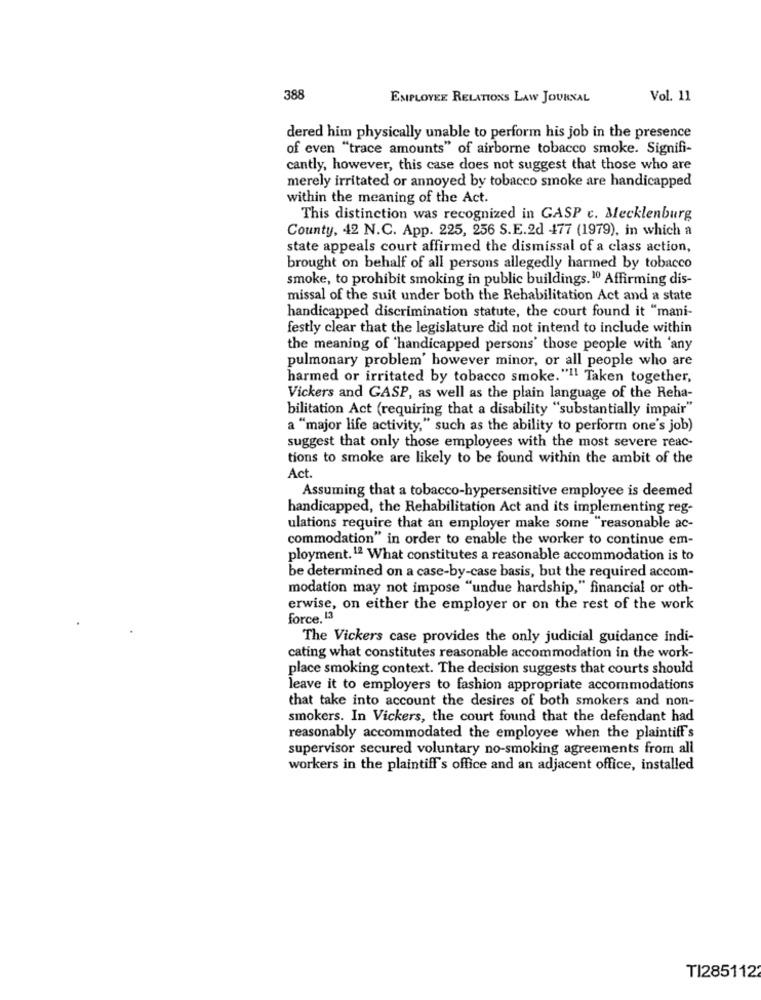
388
EMPLOYEE RELATIONS LAW JOURNAL
Vol. 11
dered him physically unable to perform his job in the presence
of even "trace amounts" of airborne tobacco smoke. Signifi-
cantly, however, this case does not suggest that those who are
merely irritated or annoyed by tobacco smoke are handicapped
within the meaning of the Act.
This distinction was recognized in GASP c. Mecklenburg
County, 42 N.C. App. 225, 256 S.E.2d 477 (1979), in which a
state appeals court affirmed the dismissal of a class action,
brought on behalf of all persons allegedly harmed by tobacco
smoke, to prohibit smoking in public buildings.10 Affirming dis-
missal of the suit under both the Rehabilitation Act and a state
handicapped discrimination statute, the court found it "mani-
festly clear that the legislature did not intend to include within
the meaning of 'handicapped persons' those people with 'any
pulmonary problem' however minor, or all people who are
harmed or irritated by tobacco smoke. "I! Taken together,
Vickers and GASP, as well as the plain language of the Reha-
bilitation Act (requiring that a disability "substantially impair"
a "major life activity," such as the ability to perform one's job)
suggest that only those employees with the most severe reac-
tions to smoke are likely to be found within the ambit of the
Act
Assuming that a tobacco-hypersensitive employee is deemed
handicapped, the Rehabilitation Act and its implementing reg-
ulations require that an employer make some "reasonable ac-
commodation" in order to enable the worker to continue em-
ployment.12 What constitutes a reasonable accommodation is to
be determined on a case-by-case basis, but the required accom-
modation may not impose "undue hardship," financial or oth-
erwise, on either the employer or on the rest of the work
force, 13
The Vickers case provides the only judicial guidance indi-
cating what constitutes reasonable accommodation in the work-
place smoking context. The decision suggests that courts should
leave it to employers to fashion appropriate accommodations
that take into account the desires of both smokers and non-
smokers. In Vickers, the court found that the defendant had
reasonably accommodated the employee when the plaintiff's
supervisor secured voluntary no-smoking agreements from all
workers in the plaintiff's office and an adjacent office, installed
TI285112